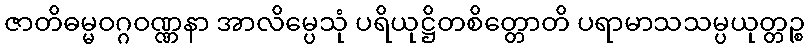
ဇာတိဓမ္မဝဂ္ဂဝဏ္ဏနာ အာလိမ္ပေသုံ ပရိယုဋ္ဌိတစိတ္တောတိ ပရာမာသသမ္ပယုတ္တဉ္စ